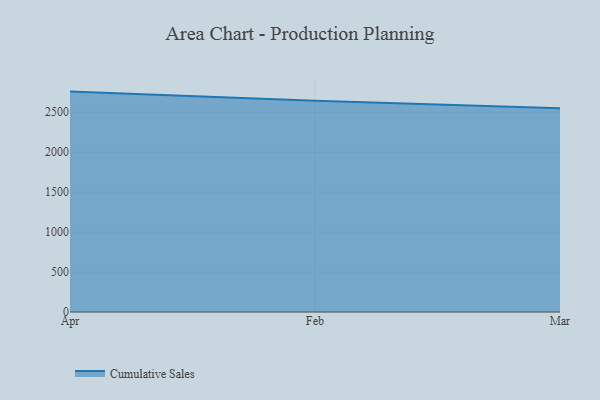
{"axis": {"x": "Month", "y": "Churn Rate (%)"}, "legend": ["Cumulative Sales"], "data": [{"x": "Apr", "y": 2758.3, "type": "Cumulative Sales"}, {"x": "Feb", "y": 2644.7, "type": "Cumulative Sales"}, {"x": "Mar", "y": 2550.6, "type": "Cumulative Sales"}]}